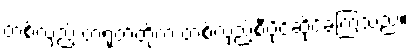
တစ်လှည့် တရုတ်တို့က တစ်လှည့်စီပိုင်ဆိုင်ခဲ့ကြသည်။